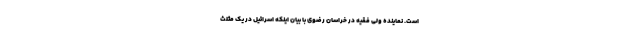
است. نماینده ولی فقیه در خراسان رضوی با بیان اینکه اسرائیل در یک مثلث